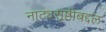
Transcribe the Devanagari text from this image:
नाट्यसृष्टीबद्दल